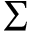
\scriptstyle \sum